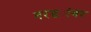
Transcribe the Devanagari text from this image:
नरड्यांवर